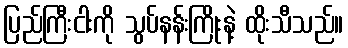
ပြည်ကြီးငါးကို သွပ်နန်းကြိုးနဲ့ ထိုးသီသည်။